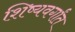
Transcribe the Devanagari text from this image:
शिष्यवर्गांत